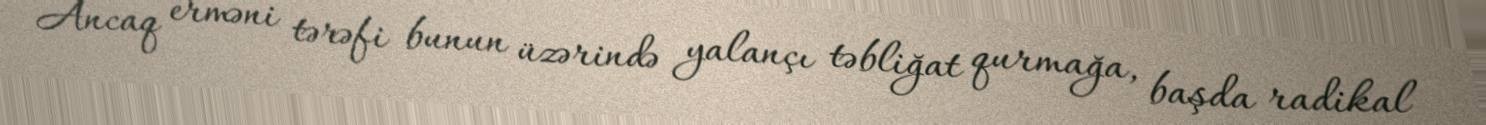
Ancaq erməni tərəfi bunun üzərində yalançı təbliğat qurmağa, başda radikal